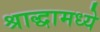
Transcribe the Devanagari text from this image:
श्राद्धामध्ये